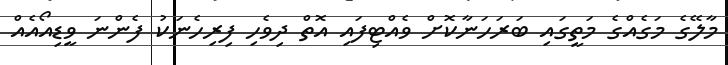
މާލޭގެ މަގެއްގެ މަތީގައި ބަރަހަނާކޮށް ވެއްޓިފައި އޮތް ދިވެހި ފިރިހެނަކު ފެންނަ ވީޑިއޯއެއް